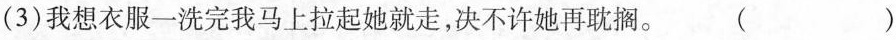
(3)我想衣服一洗完我马上拉起她就走，决不许她再耽搁。（）